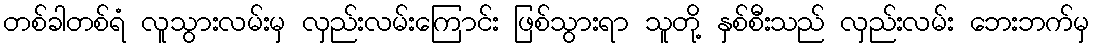
တစ်ခါတစ်ရံ လူသွားလမ်းမှ လှည်းလမ်းကြောင်း ဖြစ်သွားရာ သူတို့ နှစ်စီးသည် လှည်းလမ်း ဘေးဘက်မှ